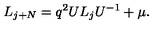
L _ { j + N } = q ^ { 2 } U L _ { j } U ^ { - 1 } + \mu .